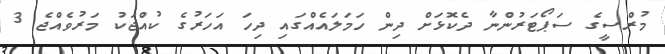
މުރްސީގެ ސަޕޯޓަރުންނާ ދެކޮޅަށް ދިން ހަމަލައެއްގައި ދިހަ އަހަރުގެ ކުއްޖަކު މަރުވެއްޖެ 3